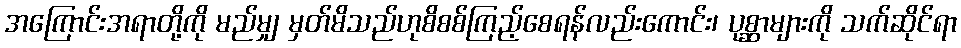
အကြောင်းအရာတို့ကို မည်မျှ မှတ်မိသည်ဟုစိစစ်ကြည့်စေရန်လည်းကောင်း၊ ပုစ္ဆာများကို သက်ဆိုင်ရာ